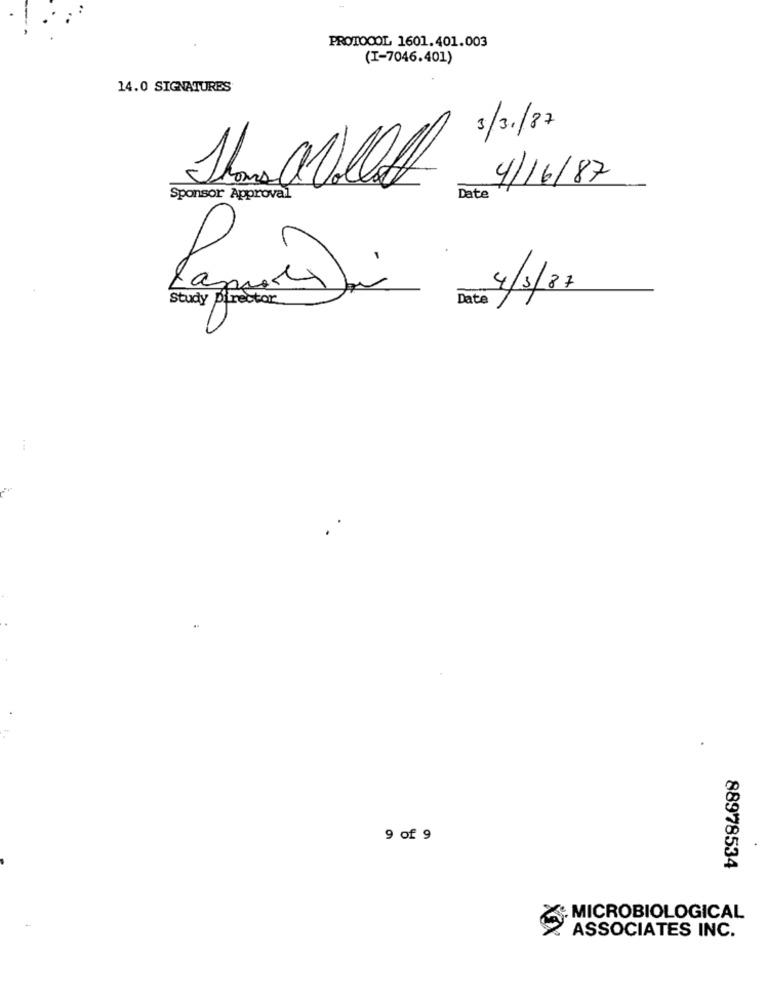
PROTOCOL 1601.401.003
(I-7046.401)
14.0 SIGNATURES
3/3/87
4/16/87
Sponsor Approval
Date
4/5/87
Study pirector
Date
9 of 9
88978534
MICROBIOLOGICAL
ASSOCIATES INC.